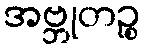
အဗ္ဘုတဉ္စ